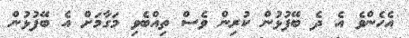
އެހެންވެ އެ ދެ ބޭފުޅުން ކުރިން ވެސް ތިއްބެވި މަގާމަށް އެ ބޭފުޅުން